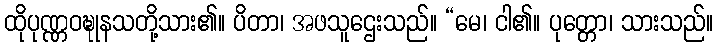
ထိုပုဏ္ဏဝဍ္ဎုနသတို့သား၏။ ပိတာ၊ အဖသူဌေးသည်။ “မေ၊ ငါ၏။ ပုတ္တော၊ သားသည်။